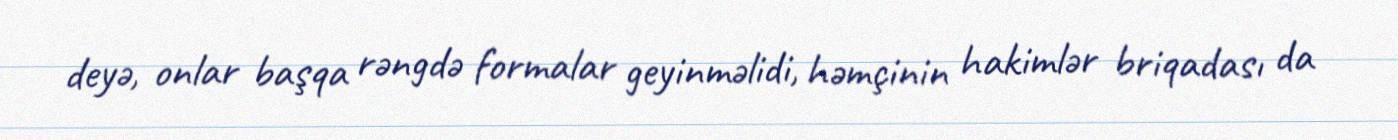
deyə, onlar başqa rəngdə formalar geyinməlidi, həmçinin hakimlər briqadası da